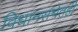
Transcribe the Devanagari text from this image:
विधानसभेतही